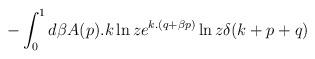
LaTeX: \begin{align*}-\int _{0}^{1}d \beta A(p).k \ln z e^{k.(q+\beta p)} \ln z \delta (k+p+q)\end{align*}